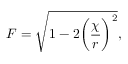
F = \sqrt { 1 - 2 \bigg ( { \frac { \chi } { r } } \bigg ) ^ { 2 } } ,